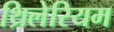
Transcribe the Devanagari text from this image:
थ्रिलेरियम